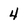
Character: 4